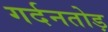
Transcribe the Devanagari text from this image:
गर्दनतोड़